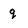
Character: q